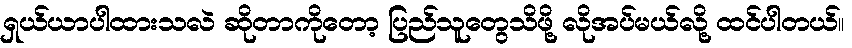
ရှယ်ယာပါထားသလဲ ဆိုတာကိုတော့ ပြည်သူတွေသိဖို့ လိုအပ်မယ်လို့ ထင်ပါတယ်။